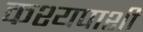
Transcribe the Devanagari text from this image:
कश्यपाशी